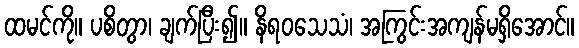
ထမင်ကို။ ပစိတွာ၊ ချက်ပြီး၍။ နိရဝသေသံ၊ အကြွင်းအကျန်မရှိအောင်။